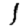
Digit: 1